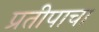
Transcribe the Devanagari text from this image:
प्रतीपाचा